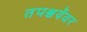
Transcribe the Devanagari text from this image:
तपश्चर्येवर